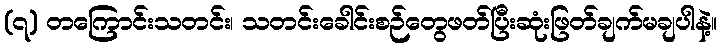
(၇) တကြောင်းသတင်း၊ သတင်းခေါင်းစဉ်တွေဖတ်ပြီးဆုံးဖြတ်ချက်မချပါနဲ့။